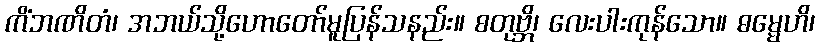
ကိံဘဏိတံ၊ အဘယ်သို့ဟောတော်မူပြန်သနည်း။ စတုဗ္ဘိ၊ လေးပါးကုန်သော။ ဓမ္မေဟိ၊